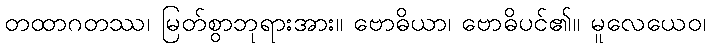
တထာဂတဿ၊ မြတ်စွာဘုရားအား။ ဗောဓိယာ၊ ဗောဓိပင်၏။ မူလေယေဝ၊